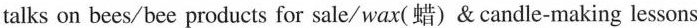
talks on bees/bee products for sale/wax(蜡) & candle-making lessons